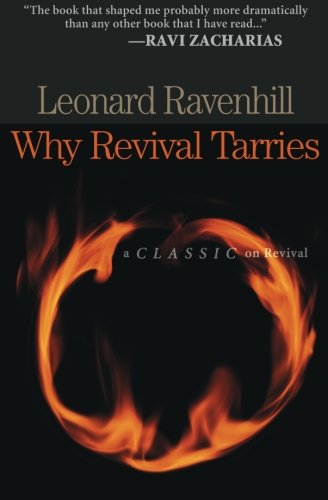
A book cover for Why Revival Tarries; Leonard Ravenhill; Christian Books & Bibles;